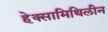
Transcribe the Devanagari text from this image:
हेक्सामिथिलीन